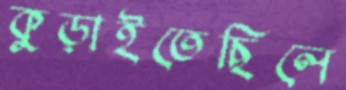
কুড়াইতেছিলে